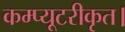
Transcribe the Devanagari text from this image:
कम्प्यूटरीकृत।